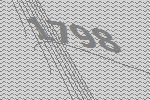
1798